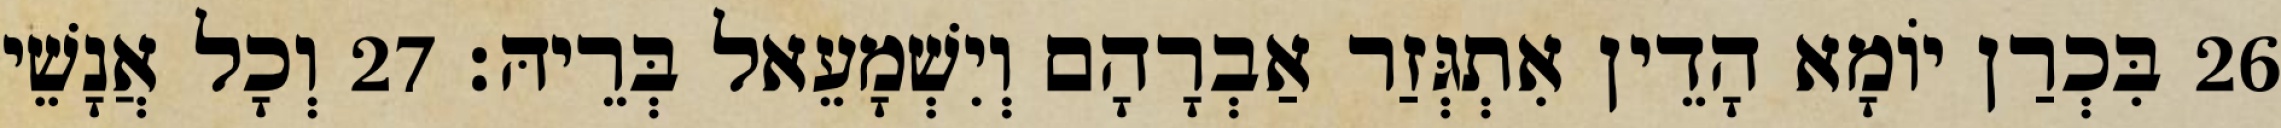
26 בִּכְרַן יוֹמָא הָדֵין אִתְגְּזַר אַבְרָהָם וְיִשְׁמָעֵאל בְּרֵיהּ׃ 27 וְכָל אֲנָשֵׁי